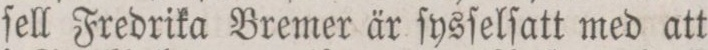
ſell Fredrika Bremer är ſysſelſatt med att